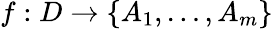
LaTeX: f:D\rightarrow\{ A_{1},\dots,A_{m}\}